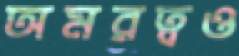
অমরত্বও